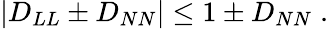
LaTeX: |D_{LL}\pm D_{NN}|\leq 1\pm D_{NN}\; .